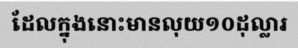
ដែលក្នុងនោះមានលុយ១០ដុល្លារ